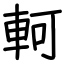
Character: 軻